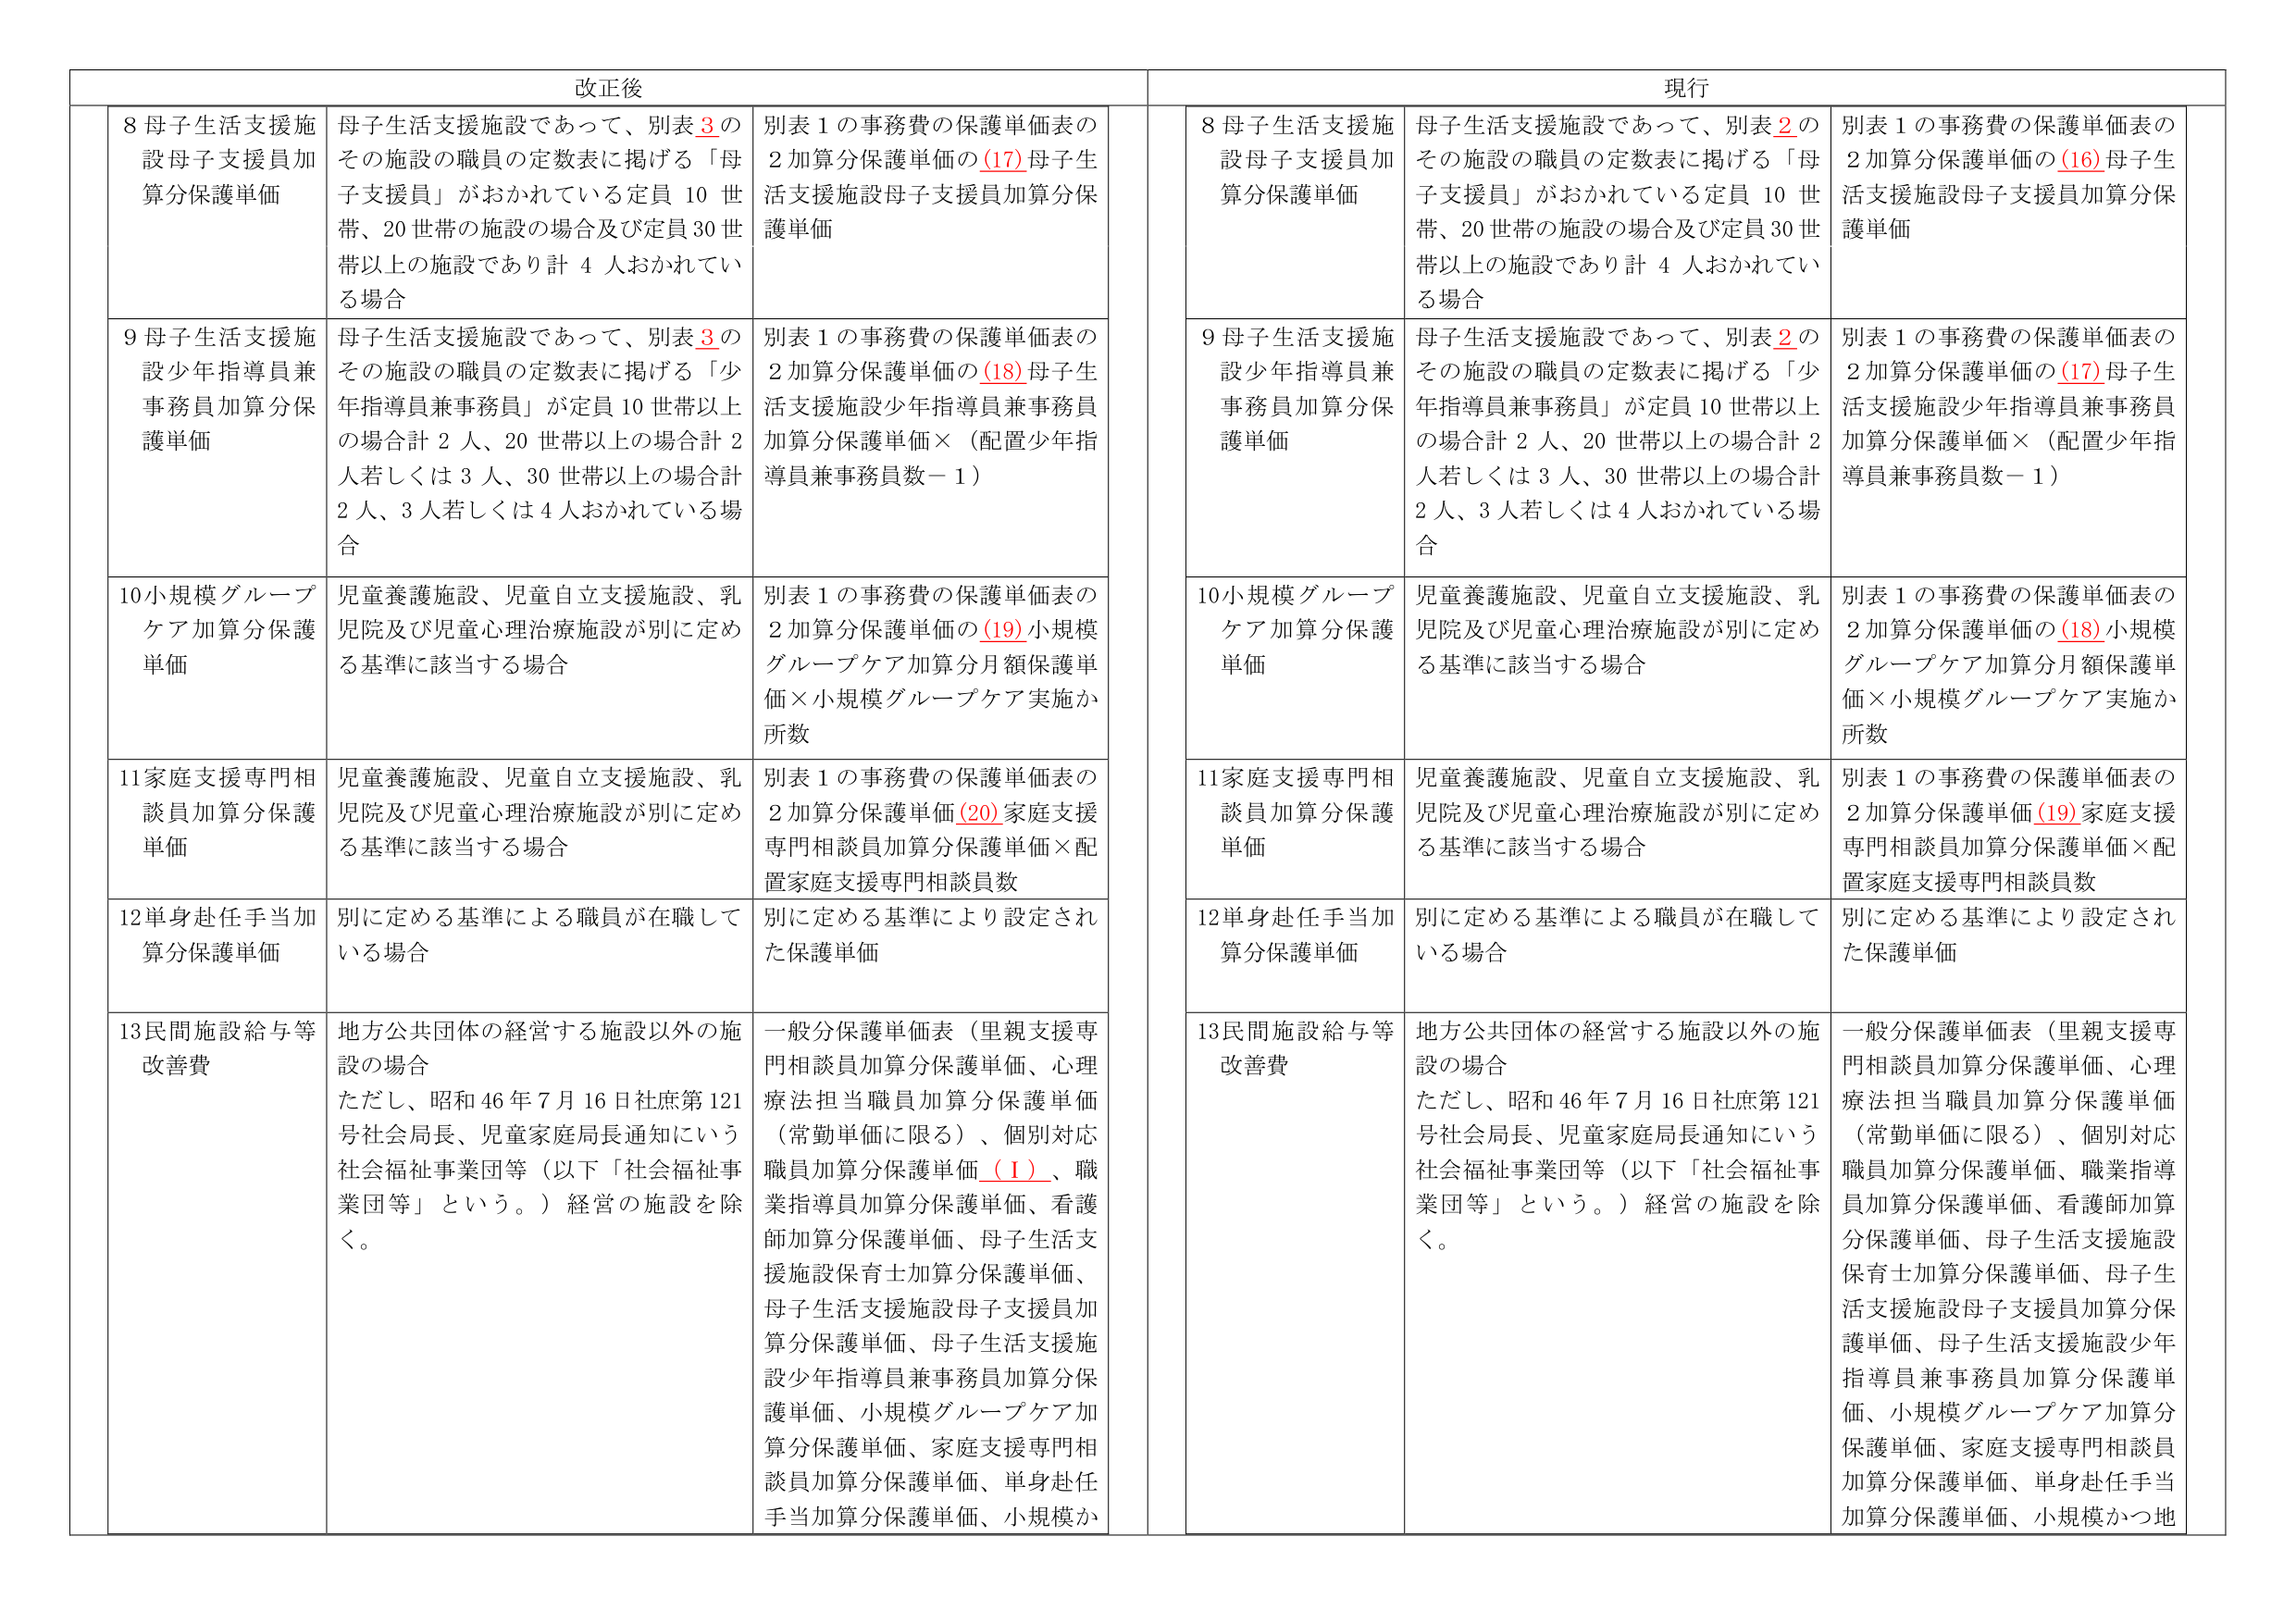
改正後
8 母子生活支援施設母子支援員加算分保護単価
母子生活支援施設であって、別表3のその施設の職員の定数表に掲げる「母子支援員」がおかれてている定員10世帯、20世帯の施設の場合及び定員30世帯以上の施設であり計4人おかれてる場合
別表1の事務費の保護単価表の2加算分保護単価の(17)母子生活支援施設母子支援員加算分保護単価
9 母子生活支援施設少年指導員兼事務員加算分保護単価
母子生活支援施設であって、別表3のその施設の職員の定数表に掲げる「少年指導員兼事務員」が定員10世帯以上の場合計2人、20世帯以上の場合計2人若しくは3人、30世帯以上の場合計2人、3人若しくは4人おかれてる場合
別表1の事務費の保護単価表の2加算分保護単価の(18)母子生活支援施設少年指導員兼事務員加算分保護単価×（配置少年指導員兼事務員数－1）
10 小規模グループケア加算分保護単価
児童養護施設、児童自立支援施設、乳児院及び児童心理治療施設が別に定める基準に該当する場合
別表1の事務費の保護単価表の2加算分保護単価の(19)小規模グループケア加算分月額保護単価×小規模グループケア実施か所数
11 家庭支援専門相談員加算分保護単価
児童養護施設、児童自立支援施設、乳児院及び児童心理治療施設が別に定める基準に該当する場合
別表1の事務費の保護単価表の2加算分保護単価(20)家庭支援専門相談員加算分保護単価×配置家庭支援専門相談員数
12 単身赴任手当加算分保護単価
別に定める基準による職員が在職している場合
別に定める基準により設定された保護単価
13 民間施設給与等改善費
地方公共団体の経営する施設以外の施設の場合
ただし、昭和46年7月16日社庶第121号社会局長、児童家庭局長通知にいう社会福祉事業団等（以下「社会福祉事業団等」という。）経営の施設を除く。
一般分保護単価表（里親支援専門相談員加算分保護単価、心理療法担当職員加算分保護単価（常勤単価に限る）、個別対応職員加算分保護単価（1）、職業指導員加算分保護単価、看護師加算分保護単価、母子生活支援施設保育士加算分保護単価、母子生活支援施設母子支援員加算分保護単価、母子生活支援施設少年指導員兼事務員加算分保護単価、小規模グループケア加算分保護単価、家庭支援専門相談員加算分保護単価、単身赴任手当加算分保護単価、小規模か

現行
8 母子生活支援施設母子支援員加算分保護単価
母子生活支援施設であって、別表2のその施設の職員の定数表に掲げる「母子支援員」がおかれてている定員10世帯、20世帯の施設の場合及び定員30世帯以上の施設であり計4人おかれてる場合
別表1の事務費の保護単価表の2加算分保護単価の(16)母子生活支援施設母子支援員加算分保護単価
9 母子生活支援施設少年指導員兼事務員加算分保護単価
母子生活支援施設であって、別表2のその施設の職員の定数表に掲げる「少年指導員兼事務員」が定員10世帯以上の場合計2人、20世帯以上の場合計2人若しくは3人、30世帯以上の場合計2人、3人若しくは4人おかれてる場合
別表1の事務費の保護単価表の2加算分保護単価の(17)母子生活支援施設少年指導員兼事務員加算分保護単価×（配置少年指導員兼事務員数－1）
10 小規模グループケア加算分保護単価
児童養護施設、児童自立支援施設、乳児院及び児童心理治療施設が別に定める基準に該当する場合
別表1の事務費の保護単価表の2加算分保護単価の(18)小規模グループケア加算分月額保護単価×小規模グループケア実施か所数
11 家庭支援専門相談員加算分保護単価
児童養護施設、児童自立支援施設、乳児院及び児童心理治療施設が別に定める基準に該当する場合
別表1の事務費の保護単価表の2加算分保護単価(19)家庭支援専門相談員加算分保護単価×配置家庭支援専門相談員数
12 単身赴任手当加算分保護単価
別に定める基準による職員が在職している場合
別に定める基準により設定された保護単価
13 民間施設給与等改善費
地方公共団体の経営する施設以外の施設の場合
ただし、昭和46年7月16日社庶第121号社会局長、児童家庭局長通知にいう社会福祉事業団等（以下「社会福祉事業団等」という。）経営の施設を除く。
一般分保護単価表（里親支援専門相談員加算分保護単価、心理療法担当職員加算分保護単価（常勤単価に限る）、個別対応職員加算分保護単価、職業指導員加算分保護単価、看護師加算分保護単価、母子生活支援施設保育士加算分保護単価、母子生活支援施設母子支援員加算分保護単価、母子生活支援施設少年指導員兼事務員加算分保護単価、小規模グループケア加算分保護単価、家庭支援専門相談員加算分保護単価、単身赴任手当加算分保護単価、小規模かつ地